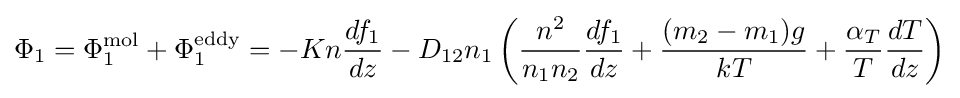
\Phi _{1}=\Phi _{1}^{\text{mol}}+\Phi _{1}^{\text{eddy}}=-Kn{\frac {df_{1}}{dz}}-D_{12}n_{1}\left({\frac {n^{2}}{n_{1}n_{2}}}{\frac {df_{1}}{dz}}+{\frac {(m_{2}-m_{1})g}{kT}}+{\frac {\alpha _{T}}{T}}{\frac {dT}{dz}}\right)